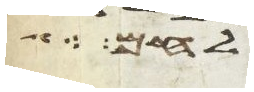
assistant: לחם